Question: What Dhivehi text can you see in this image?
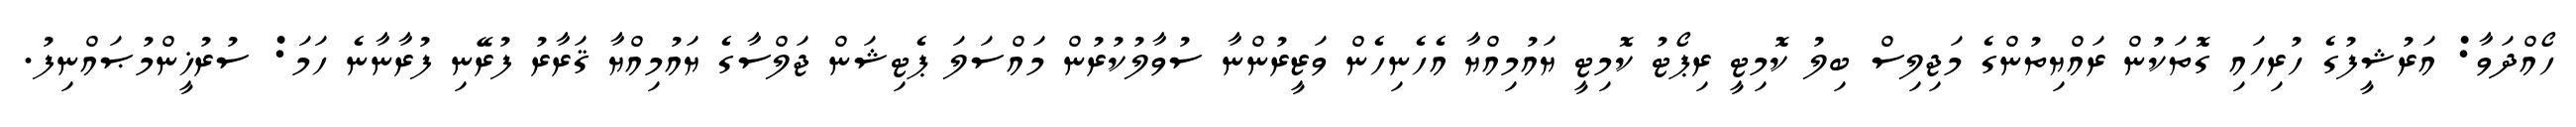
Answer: ހޯއްދަވާ: އަރުޝީފުގެ ހުރިހައި ގޮތަކުން ރައްޔިތުންގެ މަޖިލިސް ބިލު ކޮމިޓީ ރިޕޯޓު ކޮމިޓީ ޔައުމިއްޔާ އެހެނިހެން ވަޒީރުންނާ ސުވާލުކުރުން މައްސަލަ ޕެޓިޝަން ޖަލްސާގެ ޔައުމިއްޔާ ޤަރާރު ފުރޭނި ފުރާނާނެ ހަމަ: ސުރުޚީންމުޞައްނިފު.